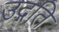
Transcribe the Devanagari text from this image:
उद्गति